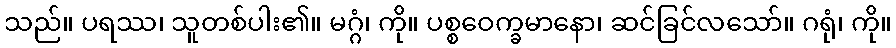
သည်။ ပရဿ၊ သူတစ်ပါး၏။ မဂ္ဂံ၊ ကို။ ပစ္စဝေက္ခမာနော၊ ဆင်ခြင်လသော်။ ဂရုံ၊ ကို။